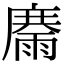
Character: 𩃽